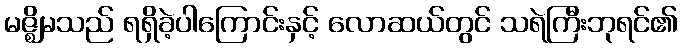
မဇ္ဈိမသည် ရရှိခဲ့ပါကြောင်းနှင့် လောဆယ်တွင် သရဲကြီးဘုရင်၏